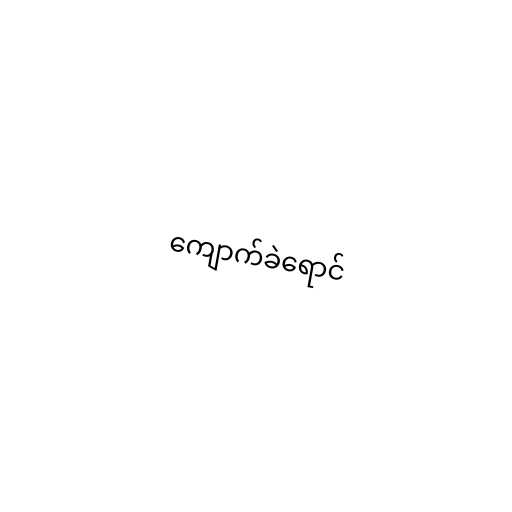
ကျောက်ခဲရောင်